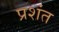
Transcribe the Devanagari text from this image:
प्रशंत